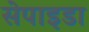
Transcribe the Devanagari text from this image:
सेपाइडा